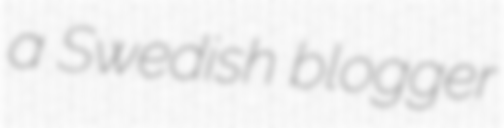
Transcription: a Swedish blogger